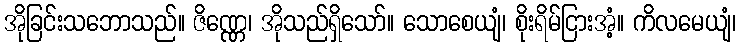
အိုခြင်းသဘောသည်။ ဇိဏ္ဏေ၊ အိုသည်ရှိသော်။ သောစေယျံ၊ စိုးရိမ်ငြားအံ့။ ကိလမေယျံ၊